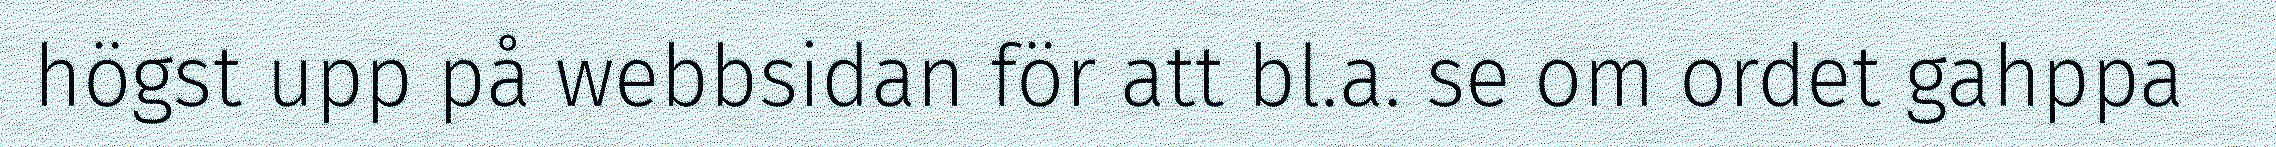
högst upp på webbsidan för att bl.a. se om ordet gahppa